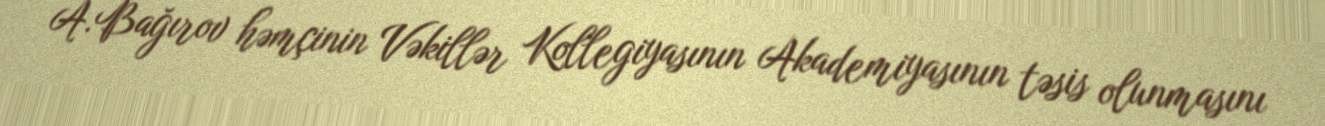
A.Bağırov həmçinin Vəkillər Kollegiyasının Akademiyasının təsis olunmasını